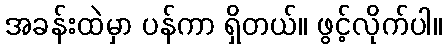
အခန်းထဲမှာ ပန်ကာ ရှိတယ်။ ဖွင့်လိုက်ပါ။